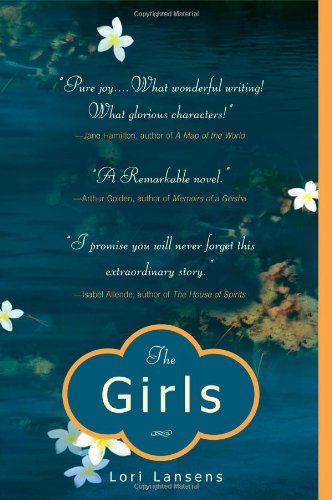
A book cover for The Girls: A Novel; Lori Lansens; Literature & Fiction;